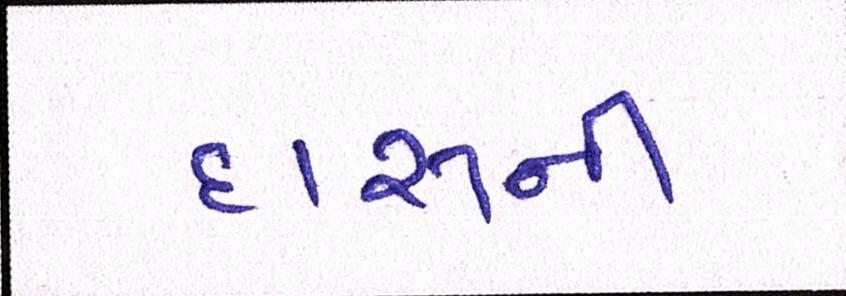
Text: દારૂની